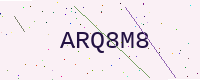
Text: ARQ8M8